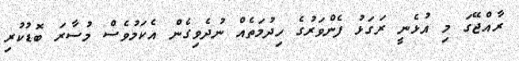
ރާއްޖޭގަ މި އުޅެނީ ރަގަޅު ފެންވަރުގެ ހިދުމަތެއް ނުދެވިގެން އެކަމުވެސް މުސާރަ ބޮޑުކުރި